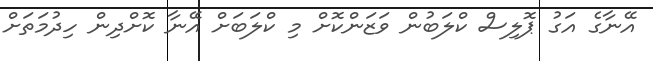
އޭނާގެ އަގު ޕޮލިސް ކްލަބުން ވަޒަންކޮށް މި ކްލަބަށް އޭނާ ކޮށްދިން ހިދުމަތަށް